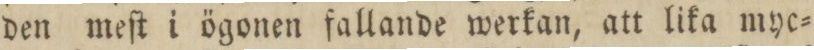
den meſt i ögonen fallande werkan, att lika myc=